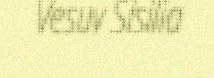
Vesuv Sisilia